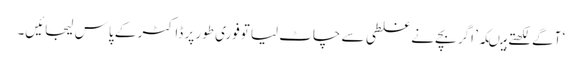
‘ آگے لکھتے ہیںکہ’ اگر بچے نے غلطی سے چاٹ لیا توفوری طور پر ڈاکٹر کے پاس لیجائیں۔